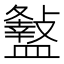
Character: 𥃏